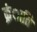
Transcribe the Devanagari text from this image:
क्रंाति